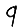
Digit: 9